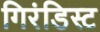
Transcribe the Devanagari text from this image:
गिरंडिस्ट